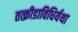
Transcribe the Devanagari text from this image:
तत्क्रीडाविधिर्यथा